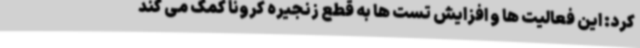
کرد: این فعالیت ها و افزایش تست ها به قطع زنجیره کرونا کمک می کند